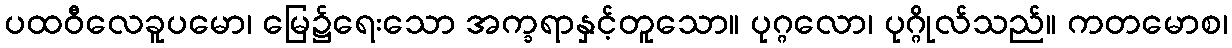
ပထဝီလေခူပမော၊ မြေ၌ရေးသော အက္ခရာနှင့်တူသော။ ပုဂ္ဂလော၊ ပုဂ္ဂိုလ်သည်။ ကတမောစ၊